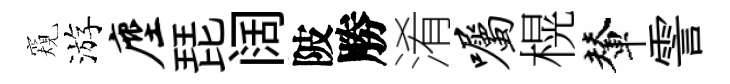
窺游麈琵阔陂勝淆嘱榥輦霅